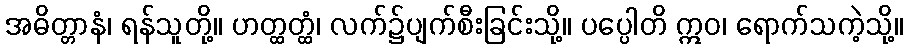
အဓိတ္တာနံ၊ ရန်သူတို့။ ဟတ္ထတ္ထံ၊ လက်၌ပျက်စီးခြင်းသို့။ ပပ္ပေါတိ ဣဝ၊ ရောက်သကဲ့သို့။